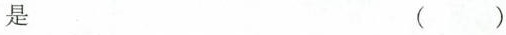
是 ( )